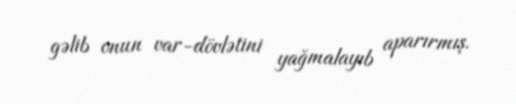
gəlib onun var-dövlətini yağmalayıb aparırmış.